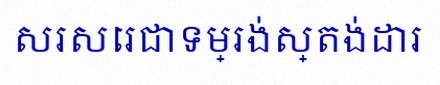
សរសេរជាទម្រង់ស្តង់ដារ